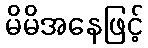
မိမိအနေဖြင့်